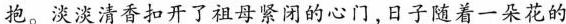
抱。淡淡清香扣开了祖母紧闭的心门，日子随着一朵花的